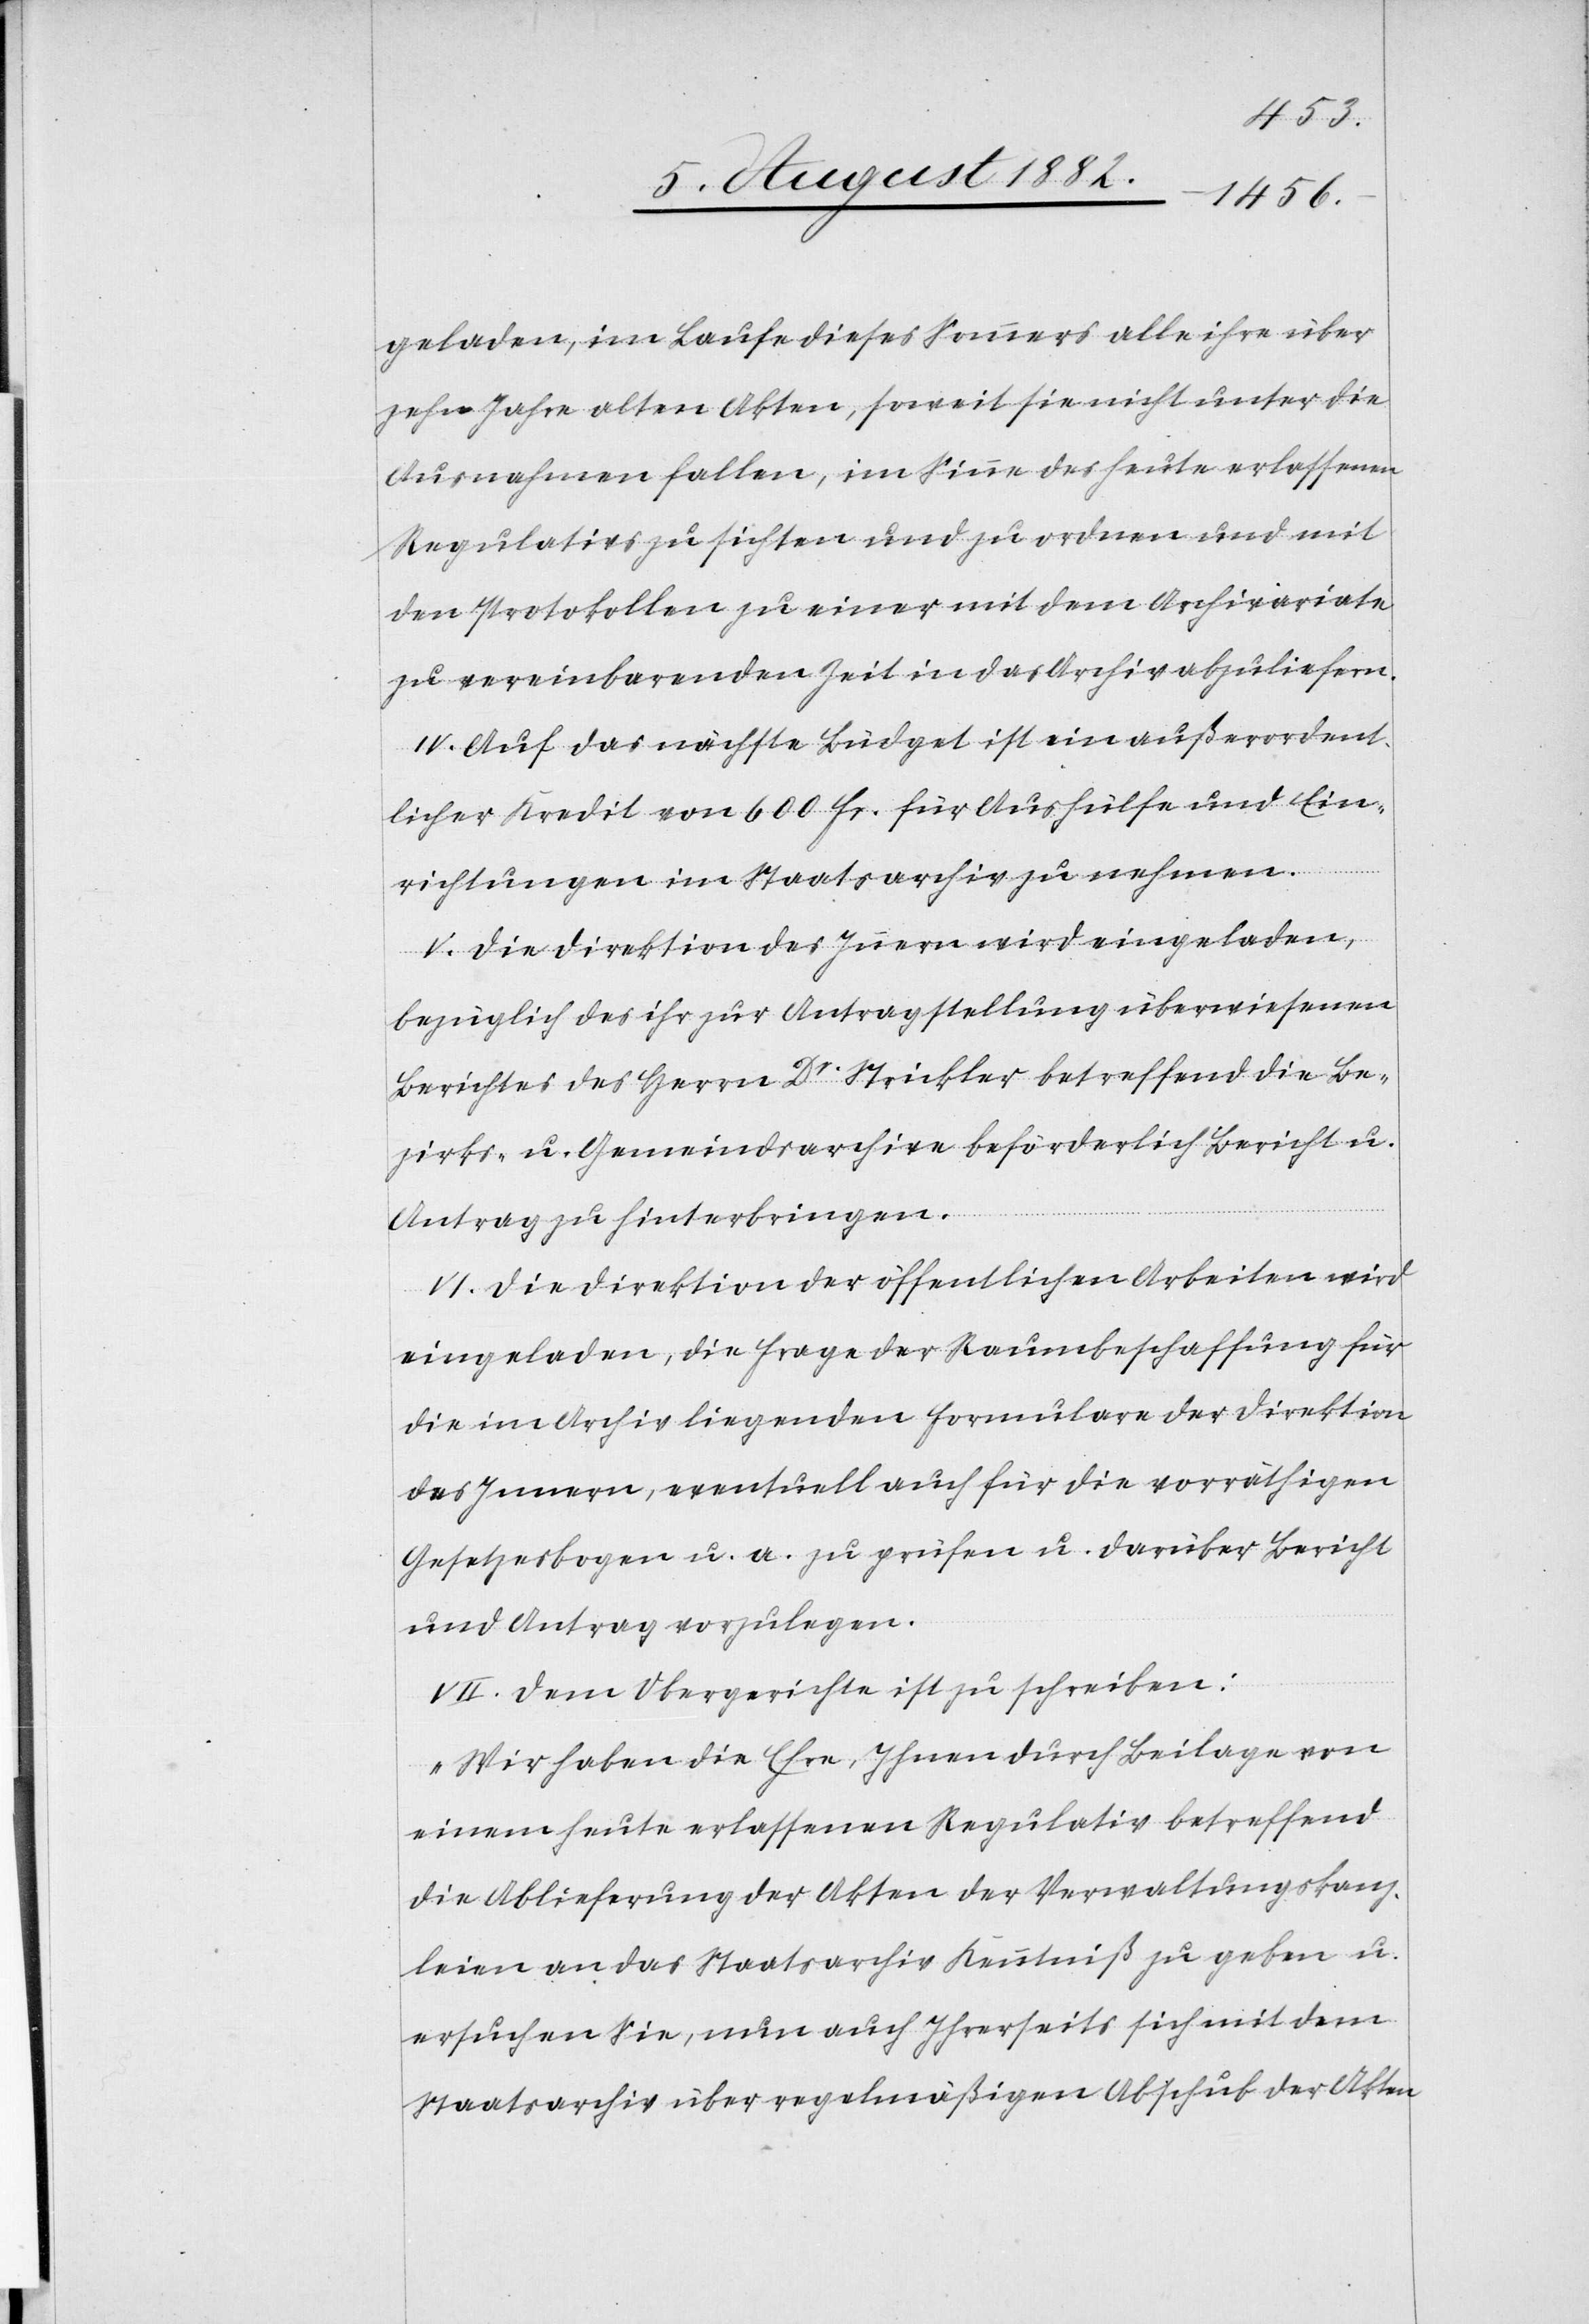
geladen, im Laufe dieses Sommers alle ihre über
zehn Jahre alten Akten, soweit sie nicht unter die
Ausnahmen fallen, im Sinne des heute erlassenen
Regulativs zu sichten und zu ordnen und mit
den Protokollen zu einer mit dem Archivariate
zu vereinbarenden Zeit in das Archiv abzuliefern.
IV. Auf das nächste Büdget ist ein außerordent¬
licher Kredit von 600 Fr. für Aushülfe und Ein¬
richtungen im Staatsarchiv zu nehmen.
V. Die Direktion des Innern wird eingeladen,
bezüglich des ihr zur Antragstellung überwiesenen
Berichtes des Herrn Dr Strickler betreffend die Be¬
zirks- u. Gemeindsarchive beförderlich Bericht u.
Antrag zu hinterbringen.
VI. Die Direktion der öffentlichen Arbeiten wird
eingeladen, die Frage der Raumbeschaffung für
die im Archiv liegenden Formulare der Direktion
des Innern, eventuell auch für die vorräthigen
Gesetzesbogen u. a. zu prüfen u. darüber Bericht
und Antrag vorzulegen.
VII. Dem Obergerichte ist zu schreiben:
„Wir haben die Ehre, Ihnen durch Beilage von
einem heute erlassenen Regulativ betreffend
die Ablieferung der Akten der Verwaltungskanz¬
leien an das Staatsarchiv Kenntniß zu geben u.
ersuchen Sie, nun auch Ihrerseits sich mit dem
Staatsarchiv über regelmäßigen Abschub der Akten